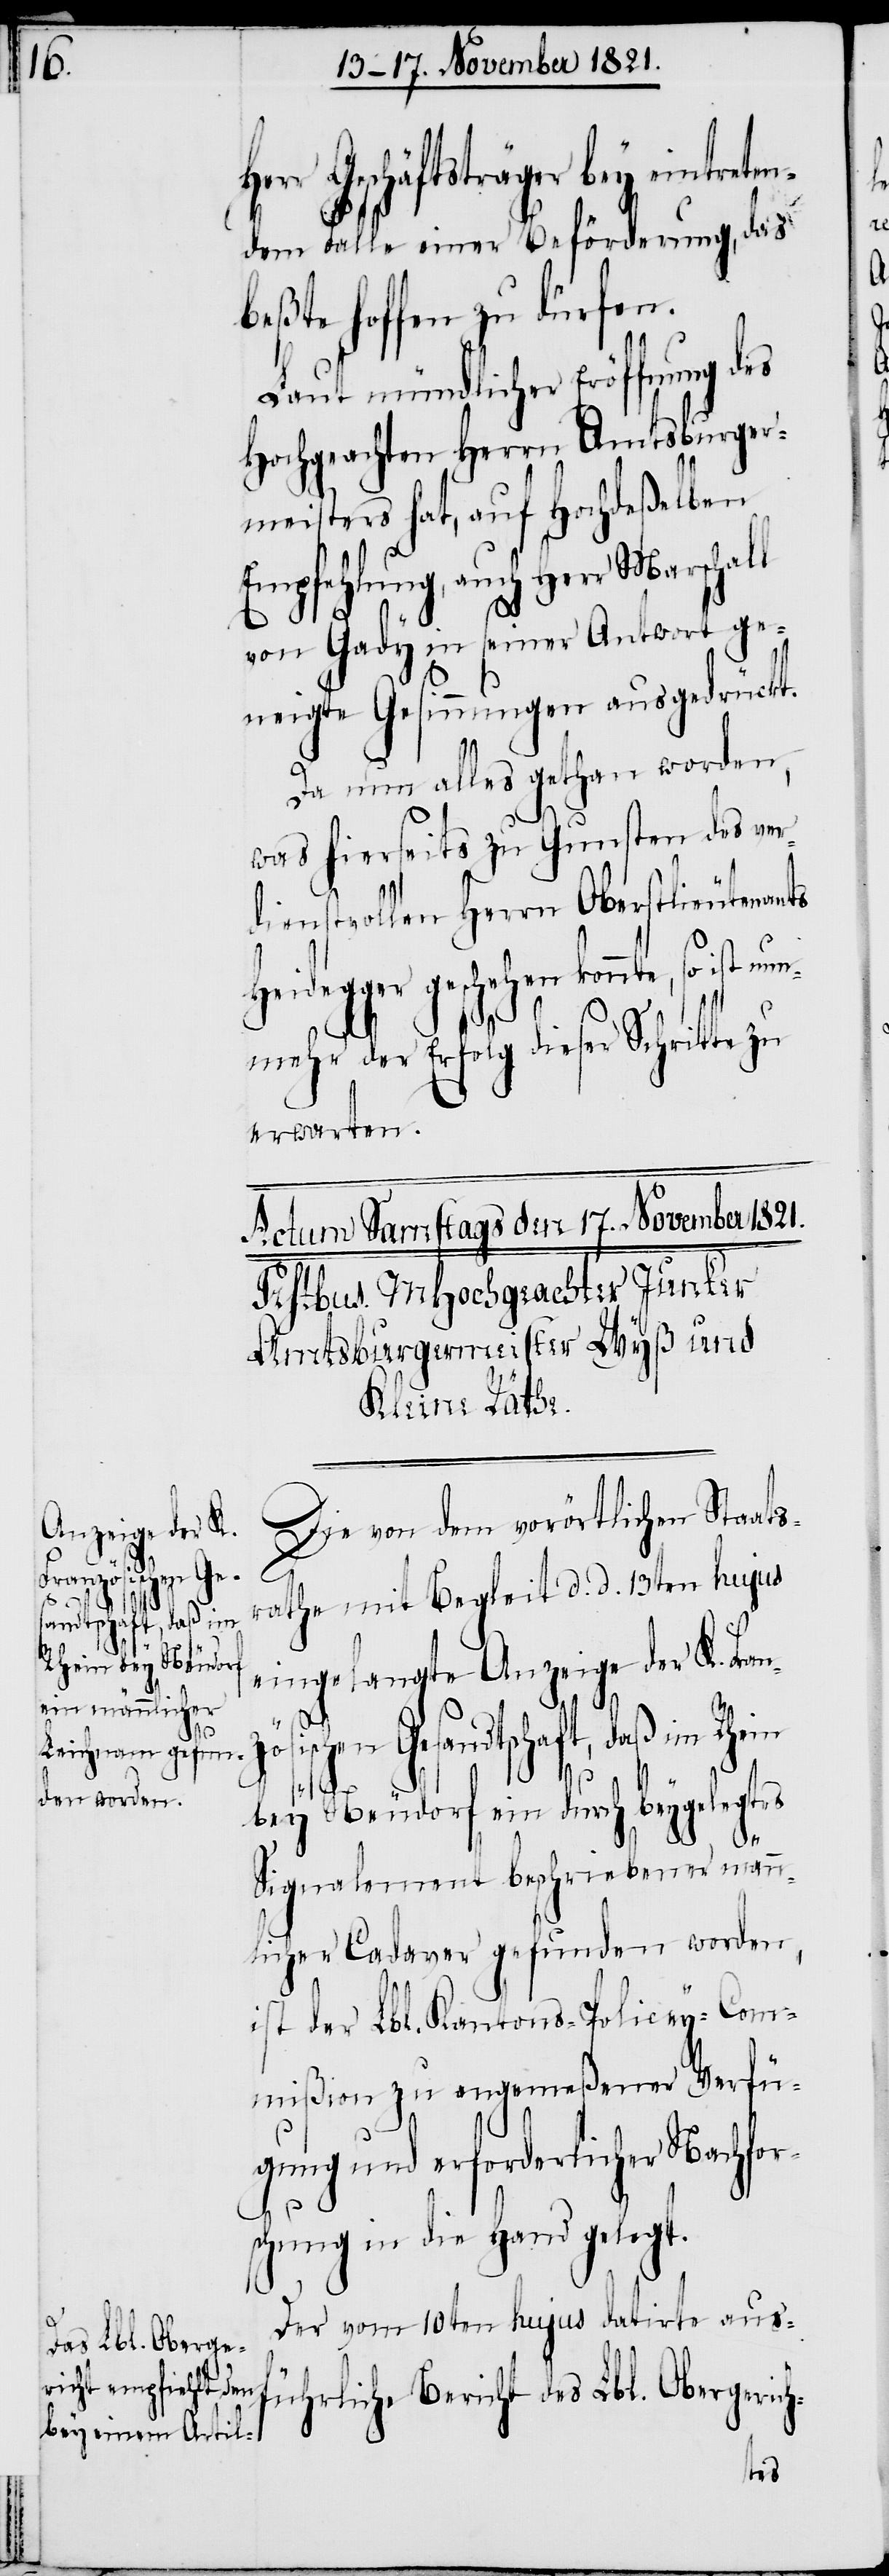
Geschäftsträger bey eintre¬
dem Falle einer Beförderung, das
Beßte hoffen zu dürfen.
Laut mündlicher Eröffnung des
Hochgeachten Herrn Amtsburger¬
meisters hat, auf Hochdeßelben
Empfehlung, auch Herr Marscha¬
von Gady in seiner Antwort ge¬
neigte Gesinnungen ausgedrückt.
Da nun alles gethan worden,
was hierseits zu Gunsten des ver¬
dienstvollen Herrn Oberstlieutenan¬
Heidegger geschehen konnte,
nmehr der Erfolg dieser Schritte zu
erwarten.
Die von dem vorörtlichen Staats¬
d. d. 13ten
eingelangte Anzeige der K. Fra¬
rathe
nzösischen Gesandtschaft, daß im Rhein
so ist
nu¬
ll
bey Neudorf ein durch beygelegtes
Signalement beschriebener männ¬
licher Cadaver gefunden worden,
ist der Lbl. Kantons-Policey-Com¬
mißion zu angemeßener Verfü¬
gung und erforderlicher Nachfor¬
schung in die Hand gelegt.
Der vom 10ten hujus datirte aus¬
führliche Bericht des Lbl. Obergerich-